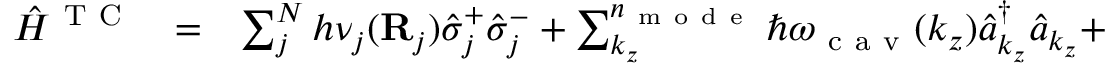
\begin{array} { c c l } { { \hat { H } } ^ { \mathrm { ~ T ~ C ~ } } } & { = } & { \sum _ { j } ^ { N } h \nu _ { j } ( \mathbf R _ { j } ) \hat { \sigma } _ { j } ^ { + } \hat { \sigma } _ { j } ^ { - } + \sum _ { k _ { z } } ^ { n _ { \mathrm { ~ m ~ o ~ d ~ e ~ } } } \hbar \omega _ { \mathrm { ~ c ~ a ~ v ~ } } ( k _ { z } ) \hat { a } _ { k _ { z } } ^ { \dagger } \hat { a } _ { k _ { z } } + } \end{array}